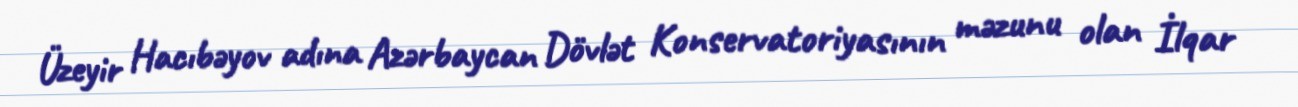
Üzeyir Hacıbəyov adına Azərbaycan Dövlət Konservatoriyasının məzunu olan İlqar